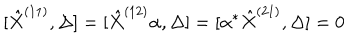
[ \hat { X } ^ { ( 1 1 ) } , \Delta ] = [ \hat { X } ^ { ( 1 2 ) } \alpha , \Delta ] = [ \alpha ^ { * } \hat { X } ^ { ( 2 1 ) } , \Delta ] = 0